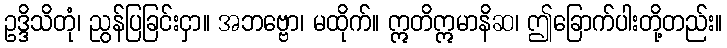
ဥဒ္ဒိသိတုံ၊ ညွန်ပြခြင်းငှာ။ အဘဗ္ဗော၊ မထိုက်။ ဣတိဣမာနိဆ၊ ဤခြောက်ပါးတို့တည်း။